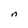
Character: n